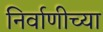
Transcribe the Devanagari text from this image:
निर्वाणीच्या